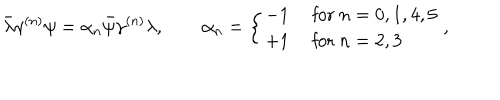
\bar { \lambda } \gamma ^ { ( n ) } \psi = \alpha _ { n } \bar { \psi } \gamma ^ { ( n ) } \lambda , \qquad \alpha _ { n } = \left\{ \begin{array} { l l } { { - 1 } } & { { \mathrm { ~ f o r ~ } n = 0 , 1 , 4 , 5 } } \\ { { + 1 } } & { { \mathrm { ~ f o r ~ } n = 2 , 3 } } \\ \end{array} \right. ,